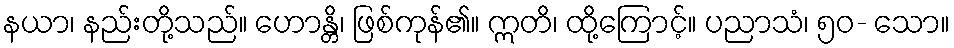
နယာ၊ နည်းတို့သည်။ ဟောန္တိ၊ ဖြစ်ကုန်၏။ ဣတိ၊ ထို့ကြောင့်။ ပညာသံ၊ ၅၀- သော။